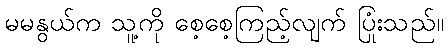
မမနွယ်က သူ့ကို စေ့စေ့ကြည့်လျက် ပြုံးသည်။